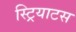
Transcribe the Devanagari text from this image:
स्ट्रियाटस